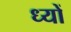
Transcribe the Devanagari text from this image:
ध्यों